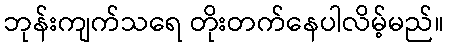
ဘုန်းကျက်သရေ တိုးတက်နေပါလိမ့်မည်။